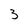
Character: 3